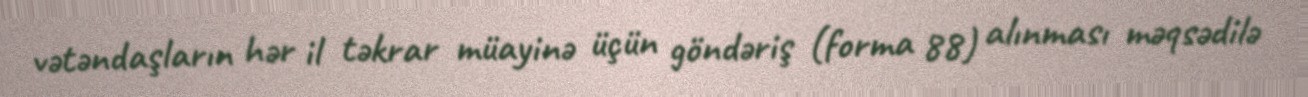
vətəndaşların hər il təkrar müayinə üçün göndəriş (forma 88) alınması məqsədilə